system: You are a helpful assistant.
user:
Analyze the provided spectrum to determine if it is a **"Cataclysmic Variables (CV)"**.

- **Key Indicators for CV (Check for either state):**
    - **State 1: Quiescent / Low-State (Emission-Dominated)**
        - **(Primary):** Strong and *very broad* Hydrogen Balmer emission lines (e.g., $H\alpha$ at 6563 Å, $H\beta$ at 4861 Å). The 'broadness' (high velocity dispersion, often FWHM > 1000 km/s) is the key diagnostic, indicating a high-velocity accretion disk.
        - **(Secondary):** Broad neutral Helium (He I) emission lines (e.g., 5876 Å, 6678 Å).
        - **(Key Confirmation):** Presence of high-excitation *ionized* Helium (He II) emission at 4686 Å. This is a strong indicator of accretion onto a white dwarf.
        - **(Line Profile):** Emission lines may exhibit a 'double-peaked' profile, which is a classic signature of a rotating accretion disk viewed at high inclination.

    - **State 2: Outburst / High-State (Absorption-Dominated)**
        - **(Primary):** Spectrum is dominated by a bright, blue continuum (looks like a hot star).
        - **(Secondary):** The emission lines from State 1 are weak, absent, or 'filled in', and are replaced by broad, shallow *absorption* lines (primarily Balmer and He I).
        - **(Morphology):** The overall spectrum mimics a hot B/A-type star. The crucial difference is that the absorption lines are significantly broader, shallower, and more 'washed-out' (or 'smeared') than the sharp lines of a normal stellar photosphere, due to high rotational speeds and pressure broadening in the disk.

Think first, call **spectral_visualization_tool** if needed to examine features in detail, then provide your final answer. Your response must adhere to the following strict rules:
1.  **Overall Structure:** Your response must follow the format `<think>...</think> <tool_call>...</tool_call> (if a tool is used) <answer>...</answer>`.
2.  **Tool Usage Constraint:** You may only make **one** tool call per turn.
3.  **Final Answer Format:** In the `<answer>` tag, your conclusion must be inside a `\boxed{}` command (e.g., `\boxed{YES}`), followed by your justification.

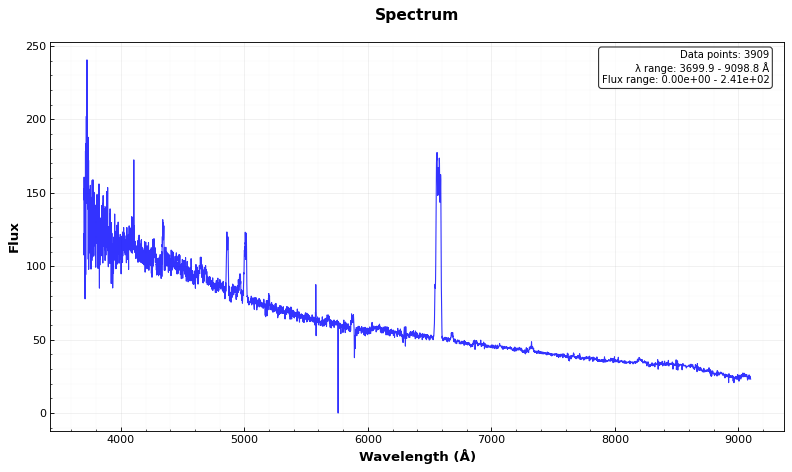
Answer: YES